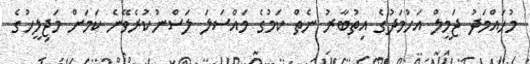
މުހައްމަދު ޖަމީލް އަހުމަދުގެ އިތުބާރު ނެތް ކަމުގެ މައްސަލަ ލަސްނުކުރެވޭނެ ކަމަށް މަޖިލީހުގެ